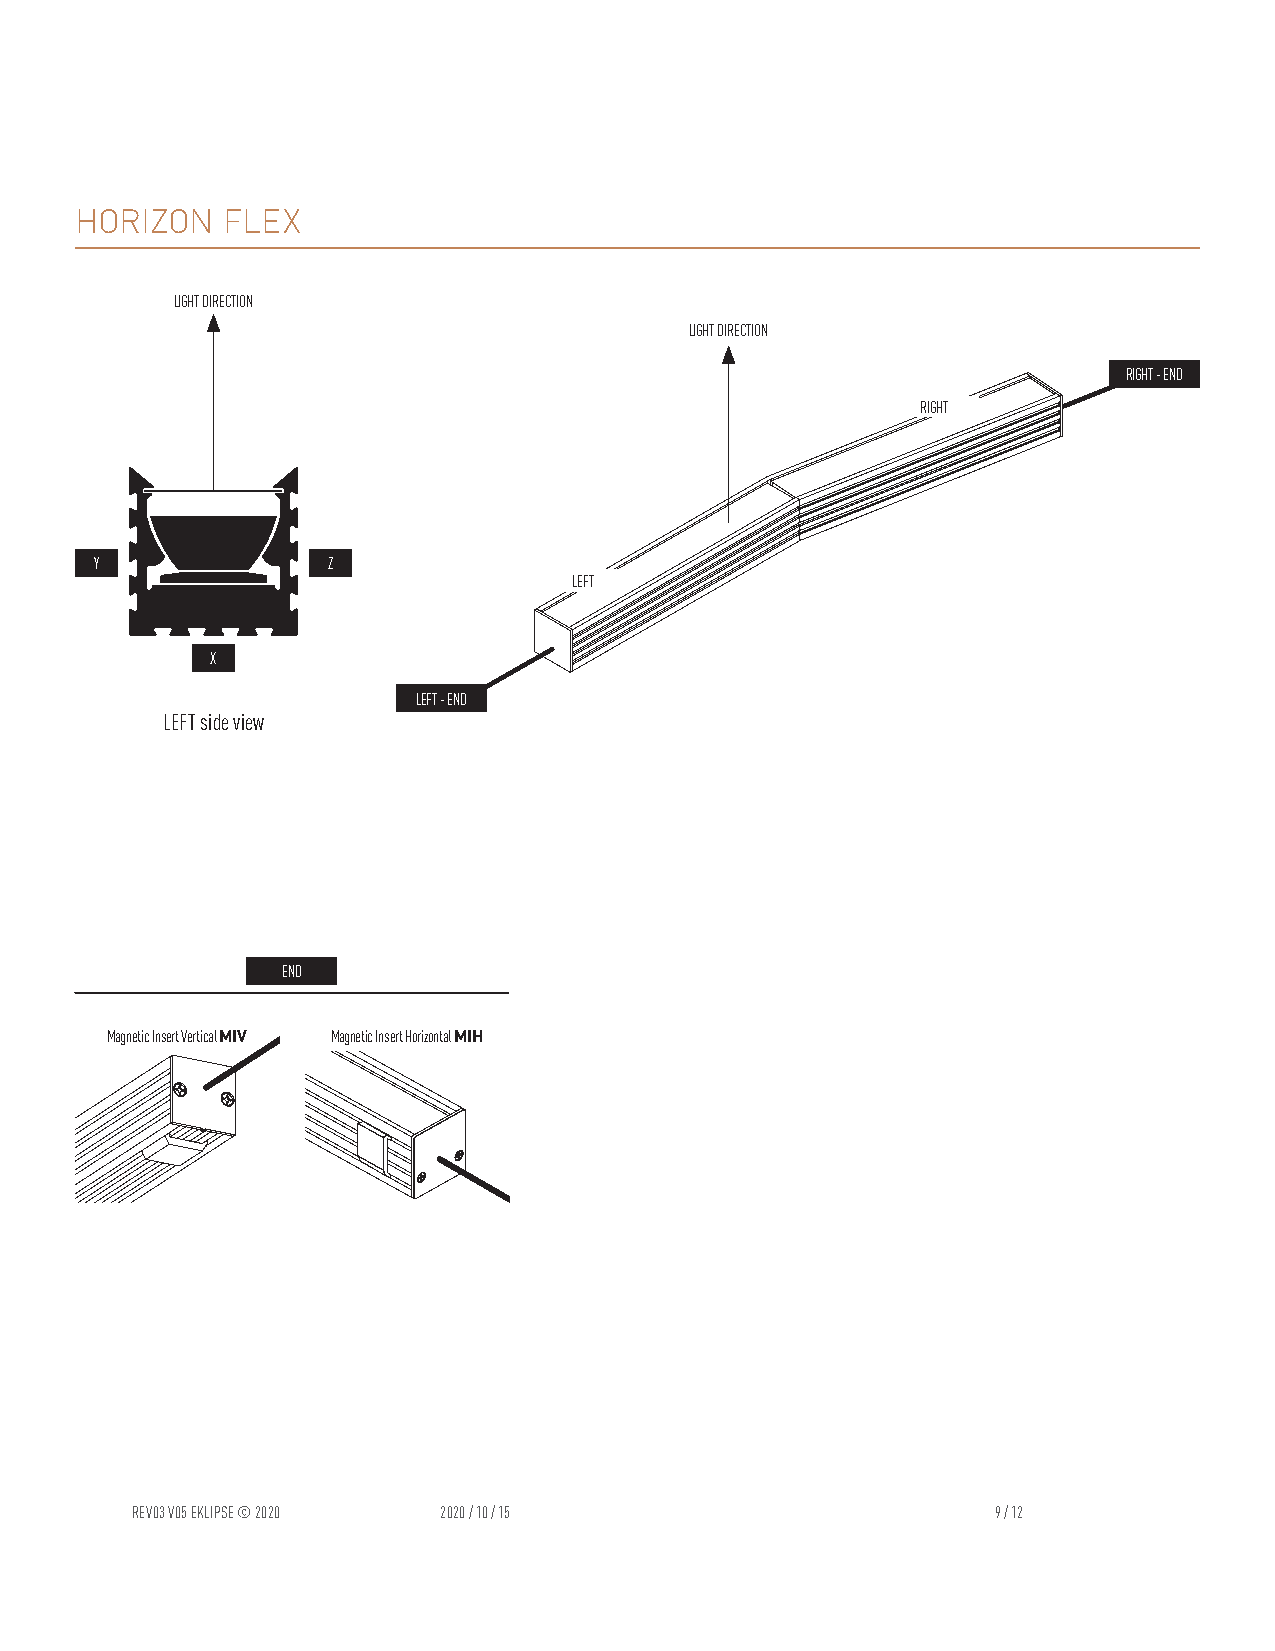
HORIZON   FLEX
 LIGHT DIRECTION
 LIGHT DIRECTION
 RIGHT - END
 RIGHT
 Y               Z
 LEFT
 X
 LEFT - END
 LEFT side view
 END
 Magnetic Insert Vertical MIV Magnetic Insert Horizontal MIH
 REV03 V05 EKLIPSE © 2020 2020 / 10 / 15                  9 / 12